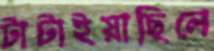
টাটাইয়াছিলে